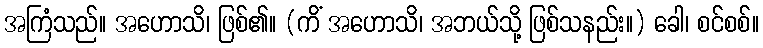
အကြံသည်။ အဟောသိ၊ ဖြစ်၏။ (ကိံ အဟောသိ၊ အဘယ်သို့ ဖြစ်သနည်း။) ခေါ၊ စင်စစ်။